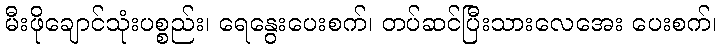
မီးဖိုချောင်သုံးပစ္စည်း၊ ရေနွေးပေးစက်၊ တပ်ဆင်ပြီးသားလေအေး ပေးစက်၊